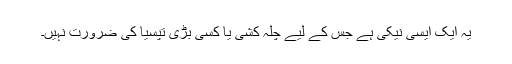
یہ ایک ایسی نیکی ہے جس کے لیے چلہ کشی یا کسی بڑی تپسیا کی ضرورت نہیں۔